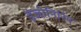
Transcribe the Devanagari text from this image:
इंजीनिरिंग